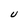
Character: U